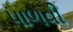
પાળવી